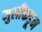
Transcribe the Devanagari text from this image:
मुलींकडून